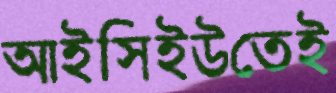
আইসিইউতেই